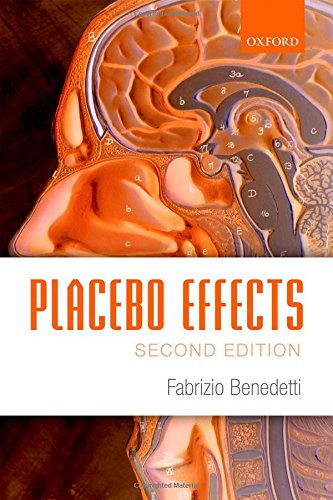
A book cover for Placebo Effects: Understanding the mechanisms in health and disease; Fabrizio Benedetti; Medical Books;